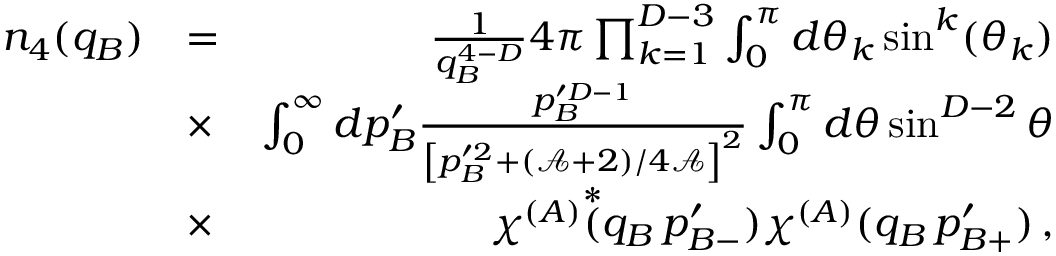
\begin{array} { r l r } { n _ { 4 } ( q _ { B } ) } & { = } & { \frac { 1 } { q _ { B } ^ { 4 - D } } 4 \pi \prod _ { k = 1 } ^ { D - 3 } \int _ { 0 } ^ { \pi } d \theta _ { k } \sin ^ { k } ( \theta _ { k } ) } \\ & { \times } & { \int _ { 0 } ^ { \infty } d p _ { B } ^ { \prime } \frac { p _ { B } ^ { \prime D - 1 } } { \left[ p _ { B } ^ { \prime 2 } + ( \mathcal { A } + 2 ) / 4 \mathcal { A } \right] ^ { 2 } } \int _ { 0 } ^ { \pi } d \theta \sin ^ { D - 2 } \theta } \\ & { \times } & { \chi ^ { ( A ) } \overset { * } { ( } q _ { B } \, p _ { B - } ^ { \prime } ) \chi ^ { ( A ) } ( q _ { B } \, p _ { B + } ^ { \prime } ) \, , } \end{array}